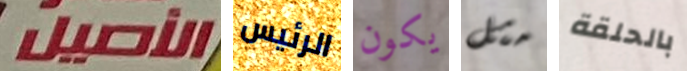
الأصيل الرئيس يكون مثل بالحلقة